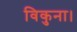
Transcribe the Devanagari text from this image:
विकुना।